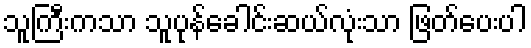
သူကြီးကသာ သူပုန်ခေါင်းဆယ်လုံးသာ ဖြတ်ပေးပါ